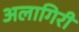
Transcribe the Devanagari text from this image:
अलागिरी